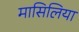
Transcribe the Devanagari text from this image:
मासिलिया